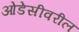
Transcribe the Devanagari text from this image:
ओडेसीवरील